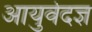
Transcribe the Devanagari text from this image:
आयुर्वेदज्ञ